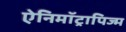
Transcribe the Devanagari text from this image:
ऐनिमॉट्रापिज्म